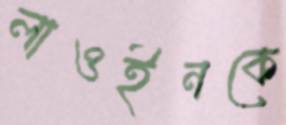
লাওইনকে